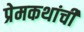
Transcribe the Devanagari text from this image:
प्रेमकथांची